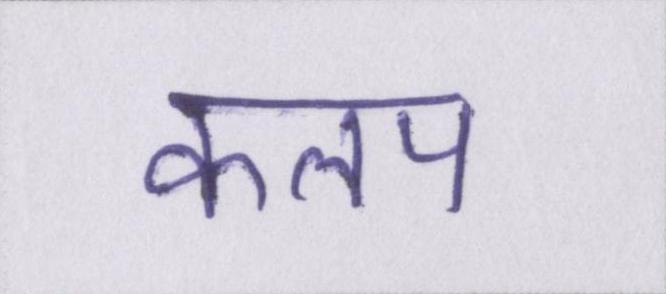
कलप